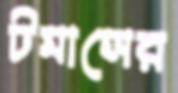
টমাসের